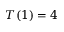
T ( 1 ) = 4